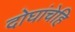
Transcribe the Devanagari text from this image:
दोघांचेहि